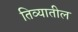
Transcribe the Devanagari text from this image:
तिव्यातील